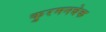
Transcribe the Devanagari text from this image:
कुरमनबेक